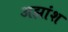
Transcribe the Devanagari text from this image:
अझांश